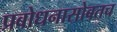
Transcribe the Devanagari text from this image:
प्रबोधनासोबतच